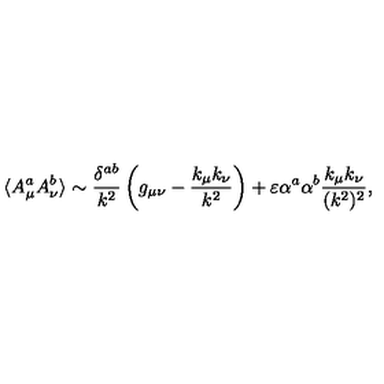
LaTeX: \langle A _ { \mu } ^ { a } A _ { \nu } ^ { b } \rangle \sim { \frac { \delta ^ { a b } } { k ^ { 2 } } } \left( g _ { \mu \nu } - { \frac { k _ { \mu } k _ { \nu } } { k ^ { 2 } } } \right) + \varepsilon \alpha ^ { a } \alpha ^ { b } { \frac { k _ { \mu } k _ { \nu } } { ( k ^ { 2 } ) ^ { 2 } } } ,